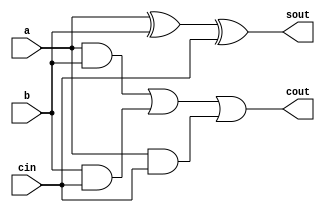
`timescale 1ns / 1ps

module full_adder(
    input a, b, cin,
    output sout, cout
    );
    assign sout = a^b^cin;
    assign cout = (a&b) | (b&cin) | (a&cin);
endmodule

module parallel_adder(
    input [3:0] A, B,
    input carry_in,
    output [3:0] sum,
    output carry
    );
    wire [2:0] c;
    full_adder fa1(A[0], B[0], carry_in, sum[0], c[0]);
    full_adder fa2(A[1], B[1], c[0], sum[1], c[1]);
    full_adder fa3(A[2], B[2], c[1], sum[2], c[2]);
    full_adder fa4(A[3], B[3], c[2], sum[3], carry);
    
endmodule